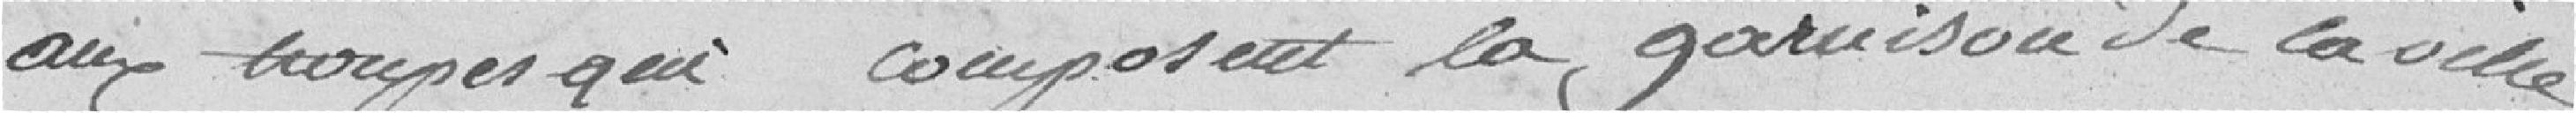
aux troupes qui composent la garnison de la ville